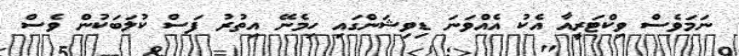
ނަމަވެސް ވިކްޓަރީއާ އެކު އެއްވަނަ ޑިވިޝަންގައި ހިމެނޭ އިތުރު ފަސް ކުލަބަކުން ވެސް